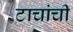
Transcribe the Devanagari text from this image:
टाचांची